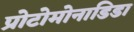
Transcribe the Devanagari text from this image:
प्रोटोमोनाडिडा